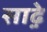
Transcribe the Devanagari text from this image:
साढ़़ेे